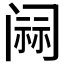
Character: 𰿷